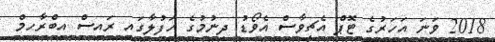
2018 ވަނަ އަހަރުގެ ޓޮޕް އެޗީވާސް އެވޯޑު ދިނުމުގެ ހަފުލާގައި ރައިސް އިބްރާހިމް